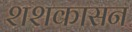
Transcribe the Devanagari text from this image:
शशकासन